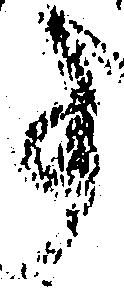
事